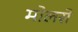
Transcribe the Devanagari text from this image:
मोलसे